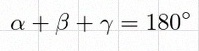
\alpha+\beta+\gamma=180^\circ